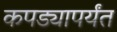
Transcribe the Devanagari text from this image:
कपड्यापर्यंत